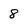
Character: 8